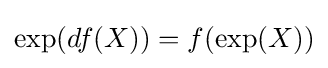
\exp(df(X))=f(\exp(X))